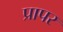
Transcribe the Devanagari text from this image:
प्रापर